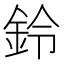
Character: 鈴